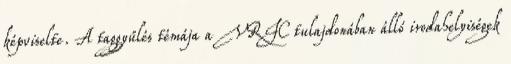
képviselte. A taggyűlés témája a VRIC tulajdonában álló irodahelyiségek